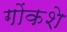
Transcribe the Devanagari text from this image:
गोंकशे